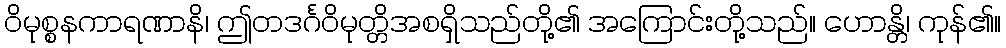
ဝိမုစ္စနကာရဏာနိ၊ ဤတဒင်္ဂဝိမုတ္တိအစရှိသည်တို့၏ အကြောင်းတို့သည်။ ဟောန္တိ၊ ကုန်၏။